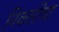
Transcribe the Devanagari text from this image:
निकारीचा